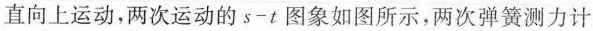
直向上运动，两次运动的s-t图象如图所示，两次弹簧测力计